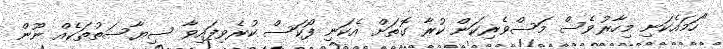
"ހަމައެކަނި މިހާރުވެސް މަސްވެރިކަން ކުރާ ގޮތަށް އެކަނި ފޯކަސް ކުރެވިފައިވާ ސިޔާސަތުތަކެއް ނޫން